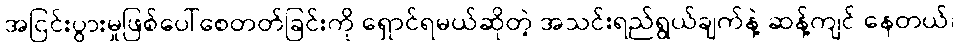
အငြင်းပွားမှုဖြစ်ပေါ်စေတတ်ခြင်းကို ရှောင်ရမယ်ဆိုတဲ့ အသင်းရည်ရွယ်ချက်နဲ့ ဆန့်ကျင် နေတယ်၊